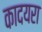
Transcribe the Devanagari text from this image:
कादयरा